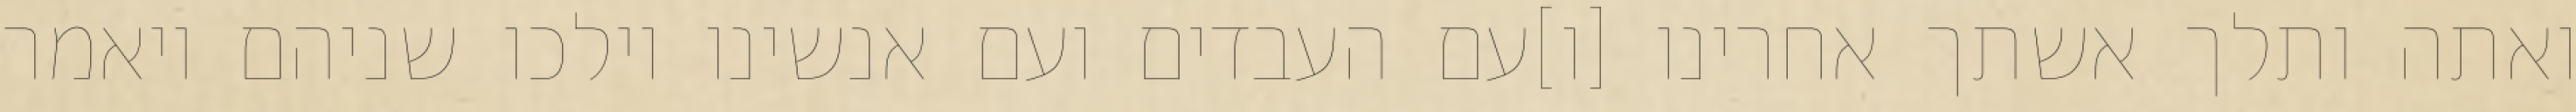
ואתה ותלך אשתך אחרינו [ו]עם העבדים ועם אנשינו וילכו שניהם ויאמר